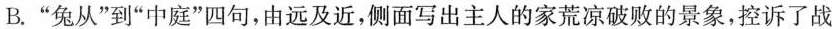
B.”兔从”到”中庭”四句，由远及近，侧面写出主人的家荒凉破败的景象，控诉了战